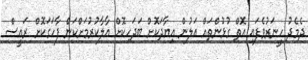
ދެމެދު ހީނަރުވެފައި އޮތް ގުޅުންތައް އަލުން އިޔާދަކޮށް ބަދަހިކޮށް އާލާކުރުމަށްކަން ފާހަގަކޮށް ރައީސް